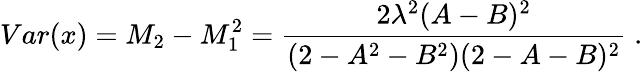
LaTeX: Var(x)=M_{2}-M_{1}^{2}=\frac{2\lambda^{2}(A-B)^{2}}{(2-A^{2}-B^{2})(2-A-B)^{2}}\; .